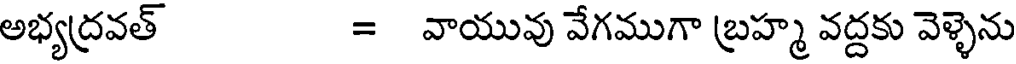
అభ్యద్రవత్ = వాయువు వేగముగా బ్రహ్మ వద్దకు వెళ్ళెను